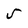
Character: 5